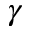
\gamma